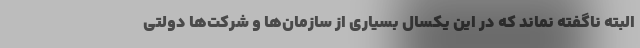
البته ناگفته نماند که در این یکسال بسیاری از سازمان‌ها و شرکت‌ها دولتی